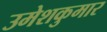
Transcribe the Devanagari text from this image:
उमेशकुमार